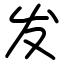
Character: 发